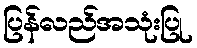
ပြန်လည်အသုံးပြု